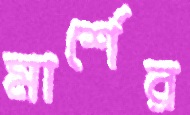
মার্শের